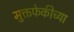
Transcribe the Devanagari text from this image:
मुक्तफेकीच्या